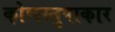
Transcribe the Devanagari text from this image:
कोणस्तुपाकार